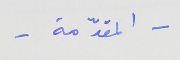
- المقدّمة -